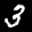
Label: 3